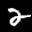
Label: 2